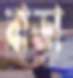
বাড়া